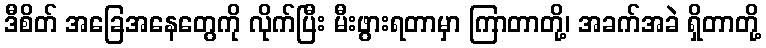
ဒီစိတ် အခြေအနေတွေကို လိုက်ပြီး မီးဖွားရတာမှာ ကြာတာတို့၊ အခက်အခဲ ရှိတာတို့